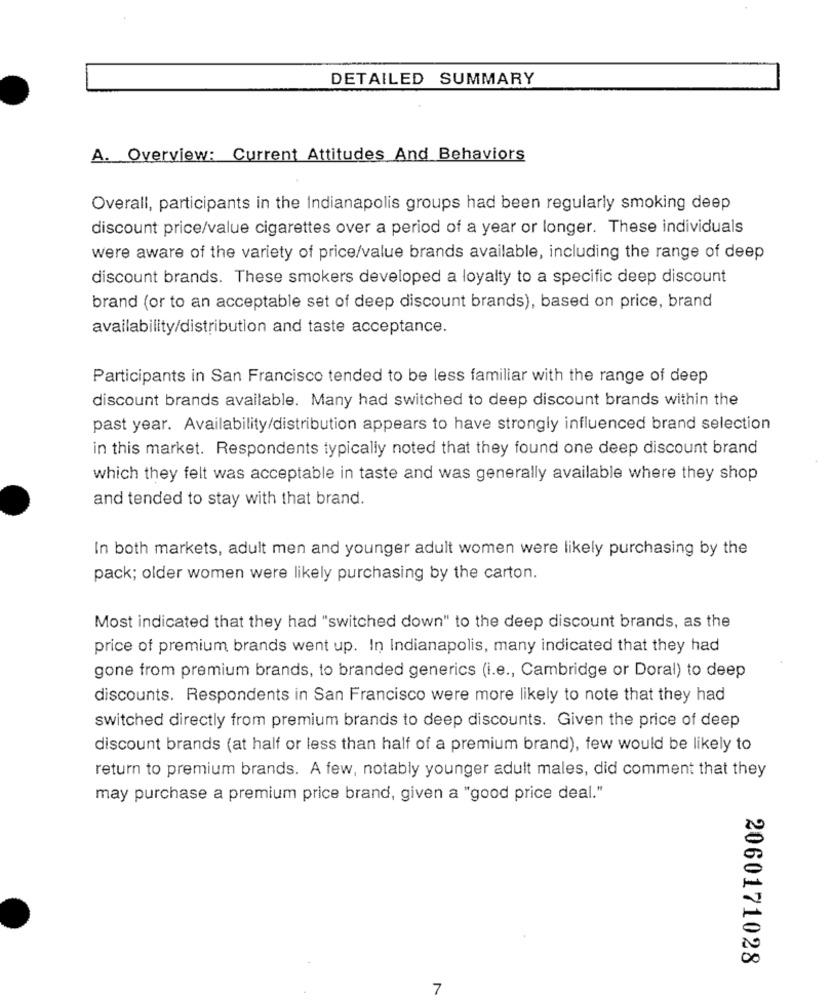
DETAILED SUMMARY
A. Overview: Current Attitudes And Behaviors
Overall, participants in the Indianapolis groups had been regularly smoking deep
discount price/value cigarettes over a period of a year or longer. These individuals
were aware of the variety of price/value brands available, including the range of deep
discount brands. These smokers developed a loyalty to a specific deep discount
brand (or to an acceptable set of deep discount brands), based on price, brand
availability/distribution and taste acceptance.
Participants in San Francisco tended to be less familiar with the range of deep
discount brands available. Many had switched to deep discount brands within the
past year. Availability/distribution appears to have strongly influenced brand selection
in this market. Respondents typically noted that they found one deep discount brand
which they felt was acceptable in taste and was generally available where they shop
and tended to stay with that brand.
In both markets, adult men and younger adult women were likely purchasing by the
pack; older women were likely purchasing by the carton.
Most indicated that they had "switched down" to the deep discount brands, as the
price of premium brands went up. In Indianapolis, many indicated that they had
gone from premium brands, to branded generics (i.e ., Cambridge or Doral) to deep
discounts. Respondents in San Francisco were more likely to note that they had
switched directly from premium brands to deep discounts. Given the price of deep
discount brands (at half or less than half of a premium brand), few would be likely to
return to premium brands. A few, notably younger adult males, did comment that they
may purchase a premium price brand, given a "good price deal."
2060171028
7